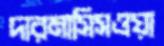
দারমাসিসওয়া